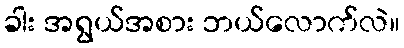
ခါး အရွယ်အစား ဘယ်လောက်လဲ။